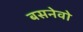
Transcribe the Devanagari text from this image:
बसनेवो